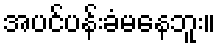
အပင်ပန်းခံမနေဘူး။